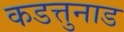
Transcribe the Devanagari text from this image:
कडत्तुनाड